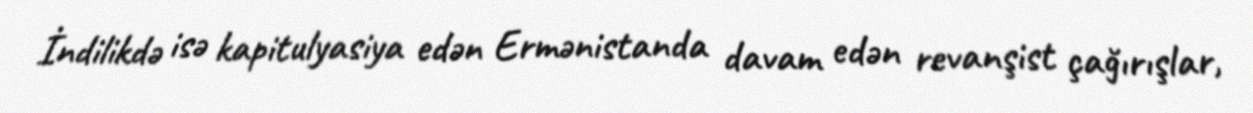
İndilikdə isə kapitulyasiya edən Ermənistanda davam edən revanşist çağırışlar,